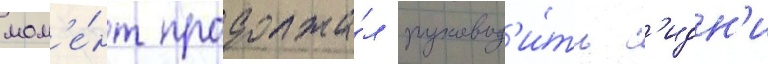
мом'е́нт продолжа́л руковод'и́ть с'идн'и